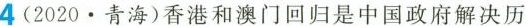
4(2020.青海)香港和澳门回归是中国政府解决历